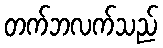
တက်ဘလက်သည်